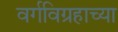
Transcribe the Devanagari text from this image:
वर्गविग्रहाच्या